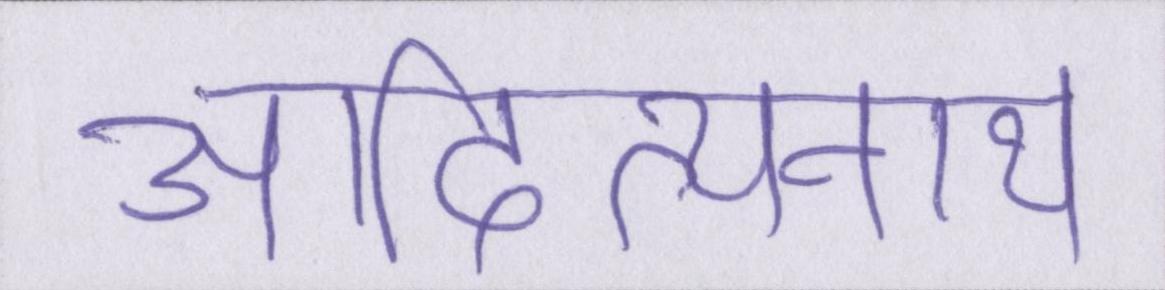
आदित्यनाथ